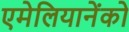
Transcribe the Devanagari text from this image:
एमेलियानेंको